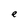
Character: e